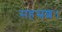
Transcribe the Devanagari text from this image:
सहस्रशः।